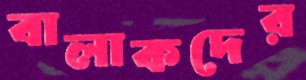
বালাকদের